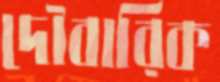
দৌবারিক